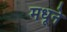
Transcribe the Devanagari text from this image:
मधूने